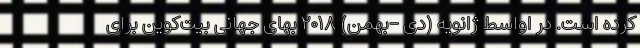
کرده است. در اواسط ژانویه (دی -بهمن) ۲۰۱۸ بهای جهانی بیت‌کوین برای